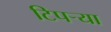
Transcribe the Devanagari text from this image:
टिपऱ्या